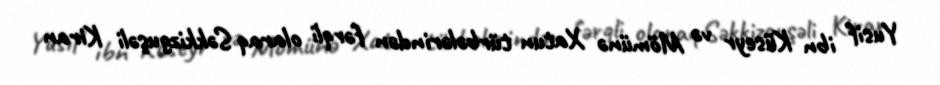
Yusif ibn Küseyr və Mömünə Xatun türbələrindən fərqli olaraq Səkkizguşəli Kiran